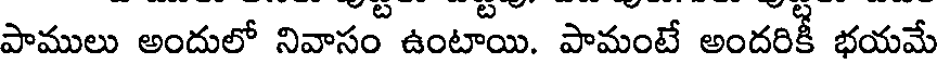
పాములు అందులో నివాసం ఉంటాయి. పామంటే అందరికీ భయమే